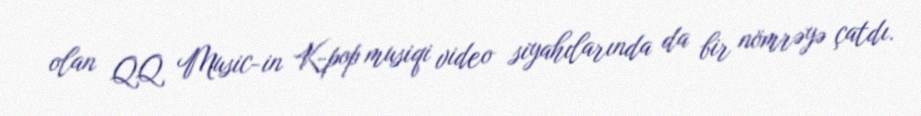
olan QQ Music-in K-pop musiqi video siyahılarında da bir nömrəyə çatdı.